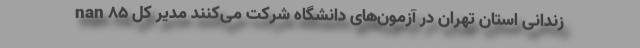
nan ۸۵ زندانی استان تهران در آزمون‌های دانشگاه شرکت می‌کنند مدیر کل